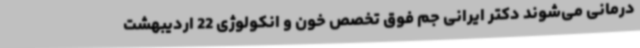
درمانی می‌شوند دکتر ایرانی جم فوق تخصص خون و انکولوژی 22 اردیبهشت